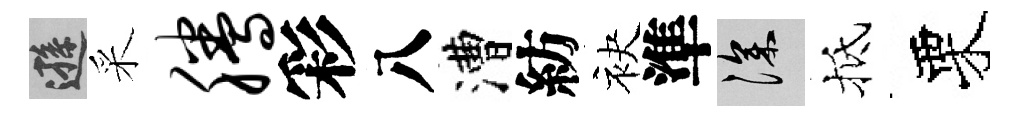
遜采腾彩八漕紡袂準深抵栗